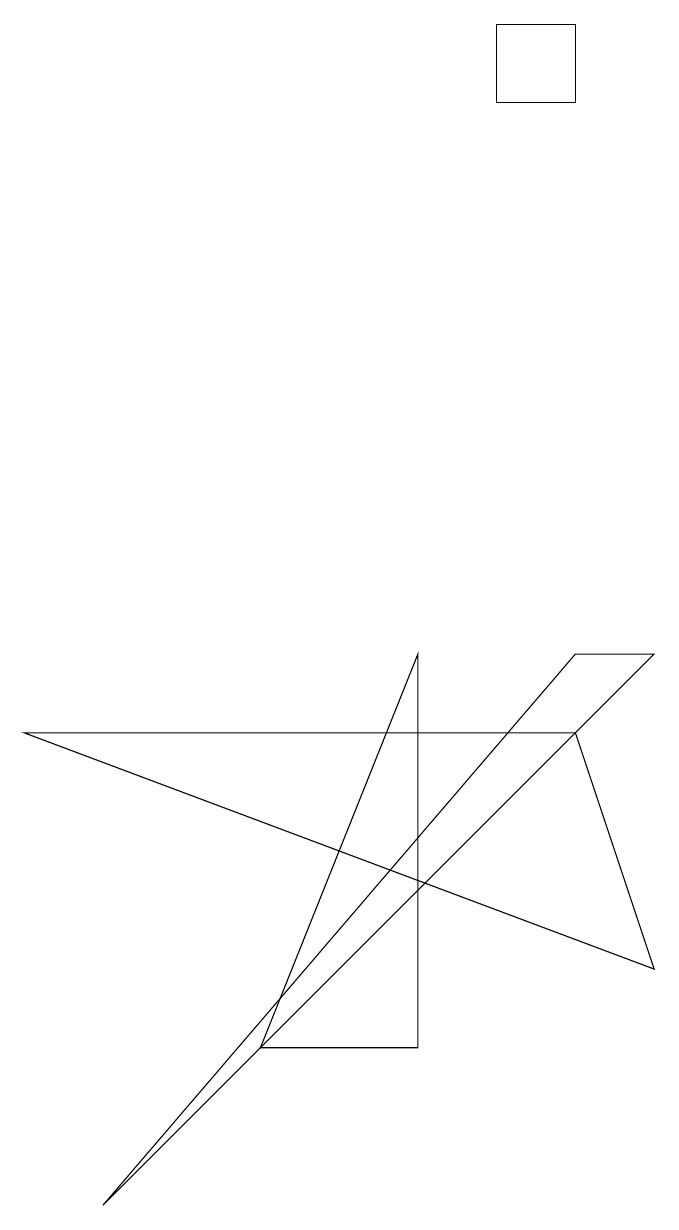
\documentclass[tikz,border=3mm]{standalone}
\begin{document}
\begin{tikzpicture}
\draw (7,14) rectangle (6,15);
\draw (5,7) -- (5,2) -- (3,2) -- cycle;
\draw (7,6) -- (8,3) -- (0,6) -- cycle;
\draw (1,0) -- (7,7) -- (8,7) -- cycle;
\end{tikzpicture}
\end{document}